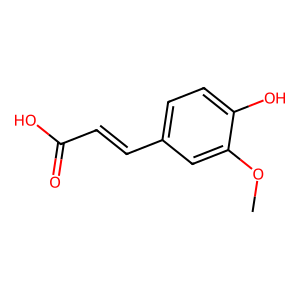
SMILES: COc1cc(C=CC(=O)O)ccc1O
Inhibits HIV replication: No